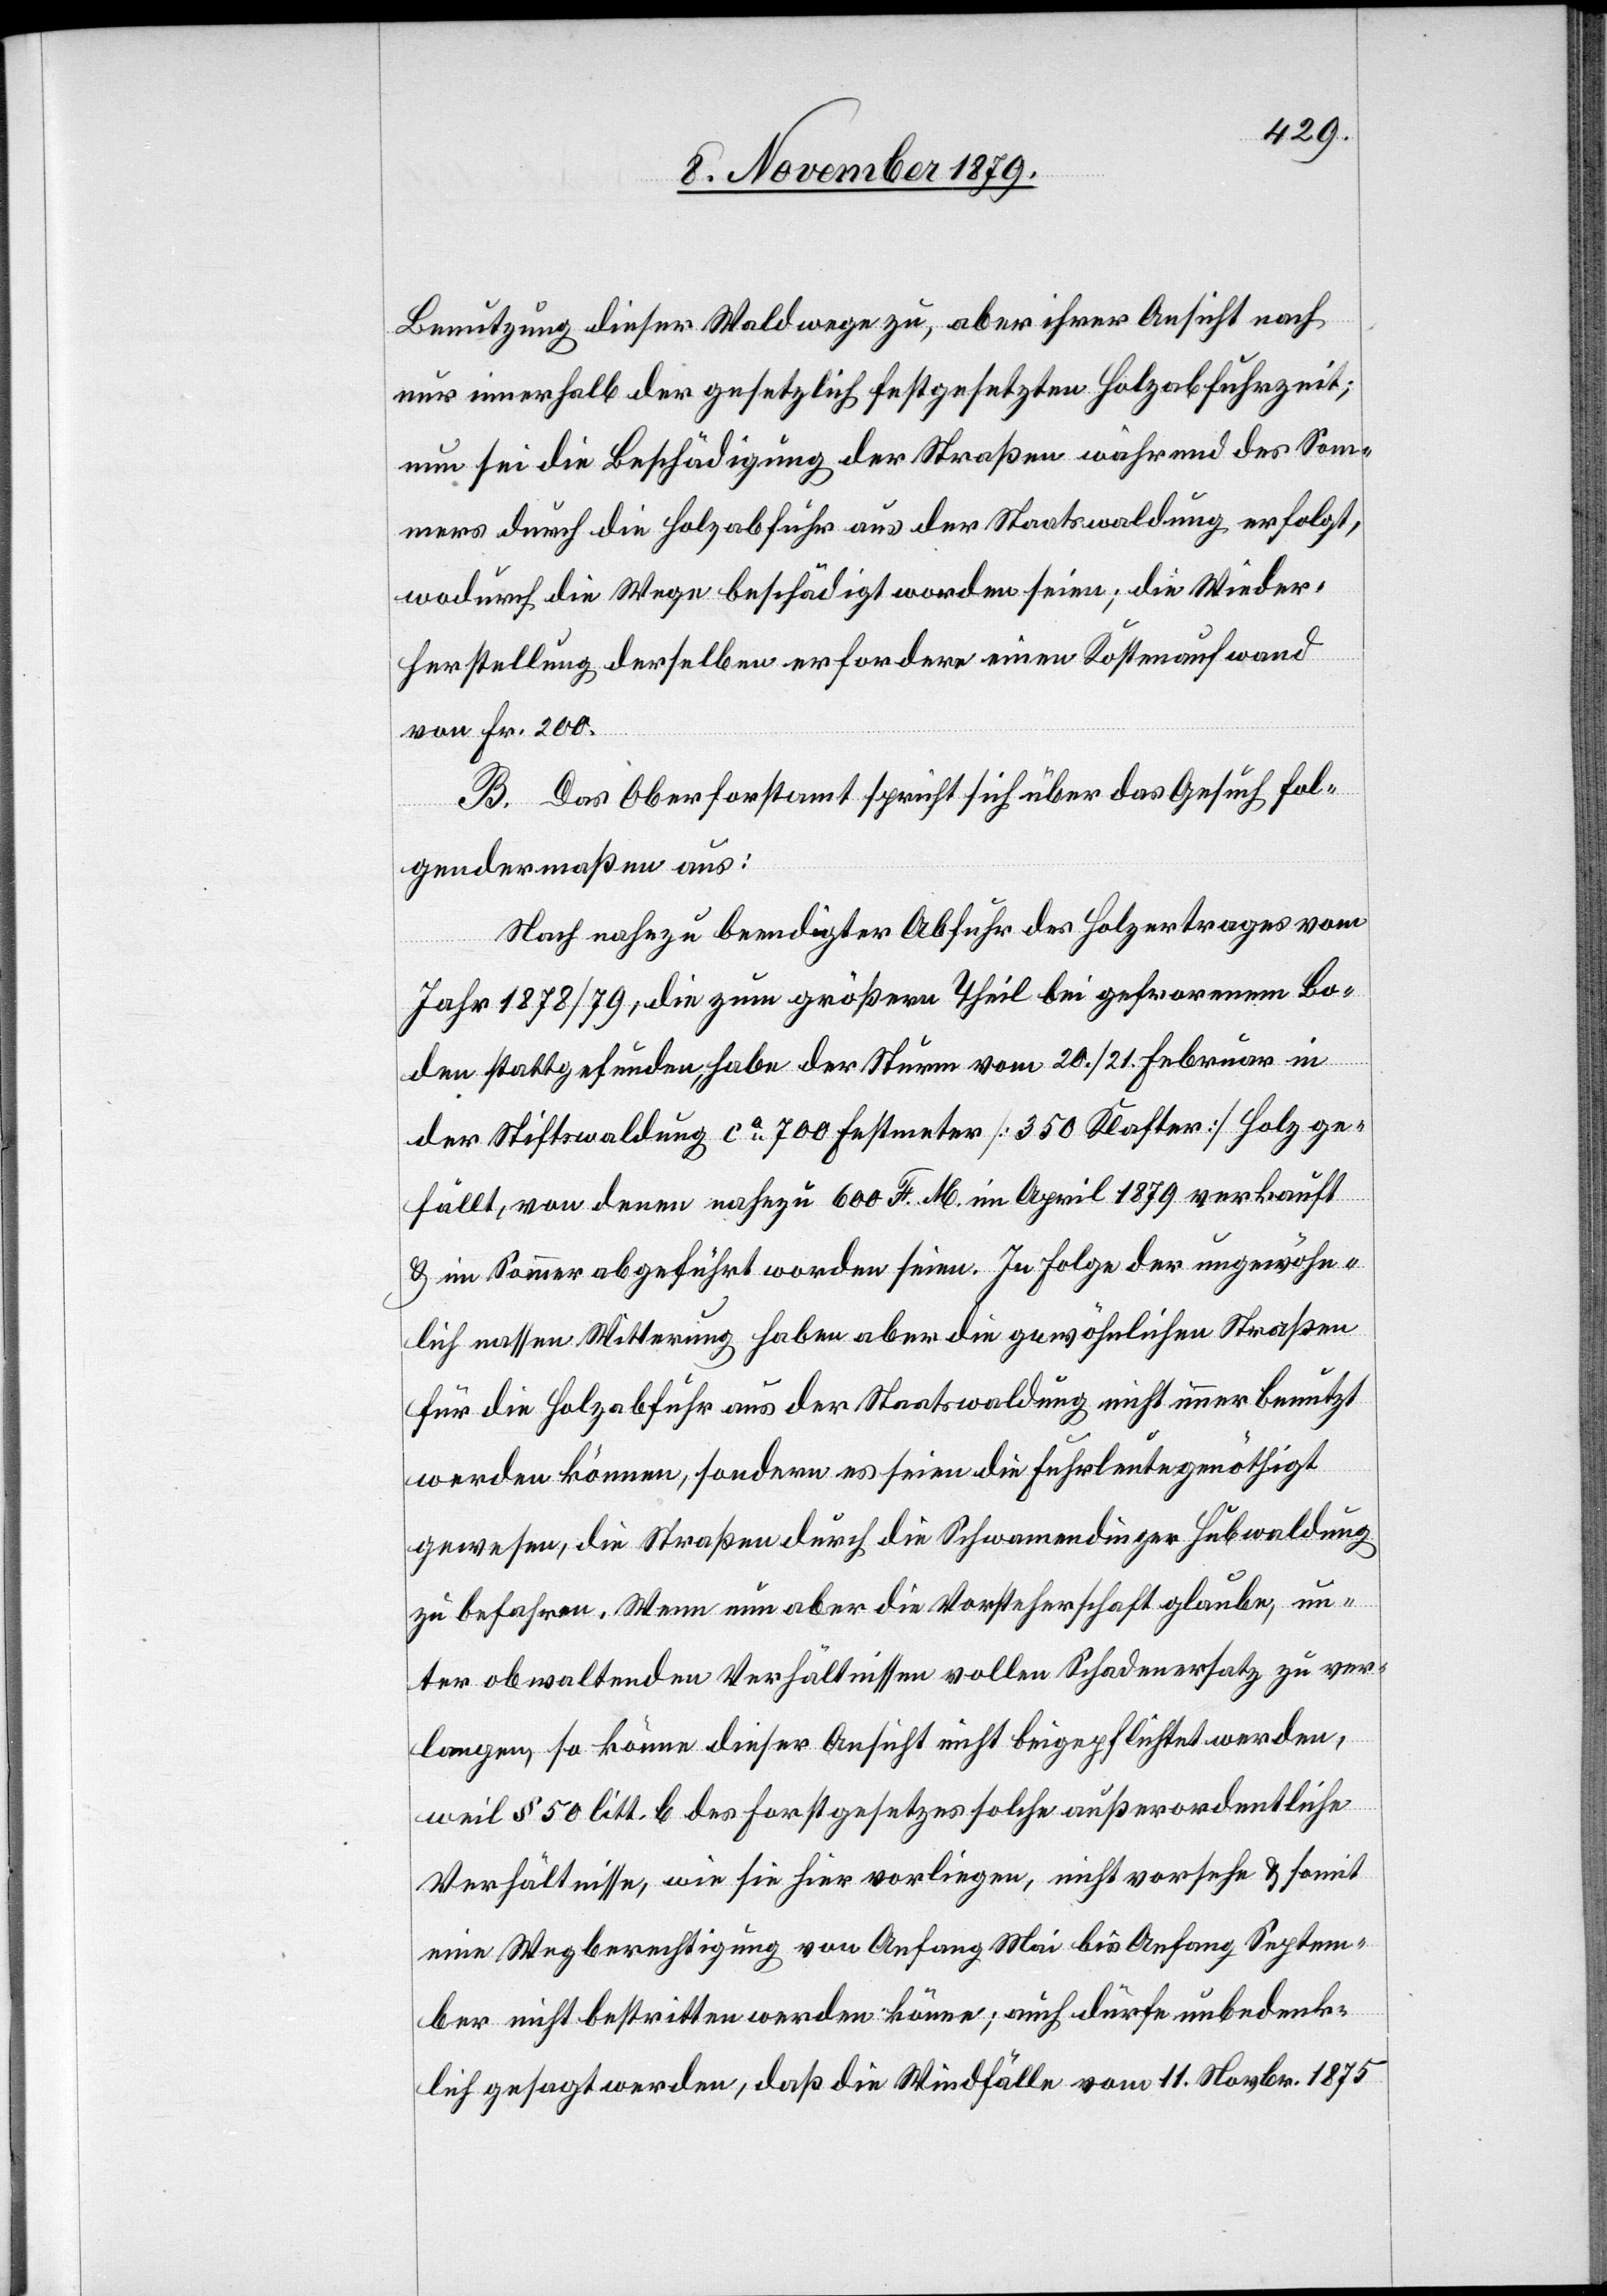
Benutzung dieser Waldwege zu, aber ihrer Ansicht nach
nur innerhalb der gesetzlich festgesetzten Holzabfuhrzeit;
nun sei die Beschädigung der Straßen während des Som¬
mers durch die Holzabfuhr aus der Staatswaldung erfolgt,
wodurch die Wege beschädigt worden seien; die Wieder¬
herstellung derselben erfordere einen Kostenaufwand
von Fr. 200.
B. Das Oberforstamt spricht sich über das Gesuch fol¬
gendermaßen aus:
Nach nahezu beendigter Abfuhr des Holzertrages vom
Jahr 1878/79, die zum größern Theil bei gefrorenem Bo¬
den stattgefunden, habe der Sturm vom 20./21. Februar in
der Stiftswaldung ca 700 Festmeter [350 Klafter] Holz ge¬
fällt von denen nahezu 600 F. M. im April 1879 verkauft
& im Sommer abgeführt worden seien. In Folge der ungewöhn¬
lich nassen Witterung haben aber die gewöhnlichen Straßen
für die Holzabfuhr aus der Staatswaldung nicht immer benutzt
werden können, sondern es seien die Fuhrleute genöthigt
gewesen, die Straßen durch die Schwamendinger Hubwaldung
zu befahren. Wenn nun aber die Vorsteherschaft glaube, un¬
ter obwaltenden Verhältnissen vollen Schadenersatz zu ver¬
langen, so könne dieser Ansicht nicht beigepflichtet werden,
weil § 50 litt. b des Forstgesetzes solche außerordentliche
Verhältnisse, wie sie hier vorliegen, nicht vorsehe & somit
eine Wegberechtigung von Anfang Mai bis Anfang Septem¬
ber nicht bestritten werden könne; auch dürfe unbedenk¬
lich gesagt werden, daß die Windfälle vom 11. Novbr. 1875